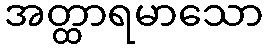
အတ္ထာရမာသော